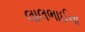
લાલભાઈના